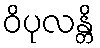
ဝိပုလန္တိ